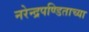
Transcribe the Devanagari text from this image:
नरेन्द्रपण्डिताच्या